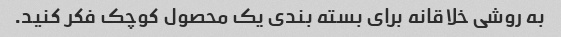
به روشی خلاقانه برای بسته بندی یک محصول کوچک فکر کنید.